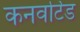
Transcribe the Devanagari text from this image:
कनवर्टिड